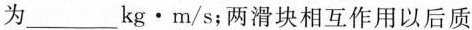
为___kg·m/s；两滑块相互作用以后质